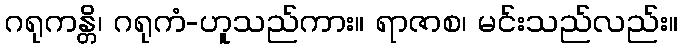
ဂရုကန္တိ၊ ဂရုကံ-ဟူသည်ကား။ ရာဇာစ၊ မင်းသည်လည်း။